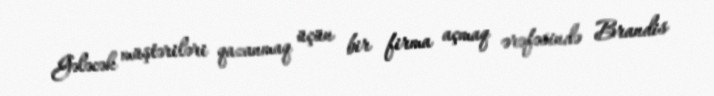
Gələcək müştəriləri qazanmaq üçün bir firma açmaq ərəfəsində Brandis